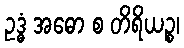
ဥဒ္ဓံ အဓော စ တိရိယဉ္စ၊